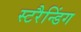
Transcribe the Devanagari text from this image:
स्टरैन्डिंग